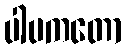
ပါပကတော